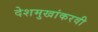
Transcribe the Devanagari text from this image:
देशमुखांकरवी